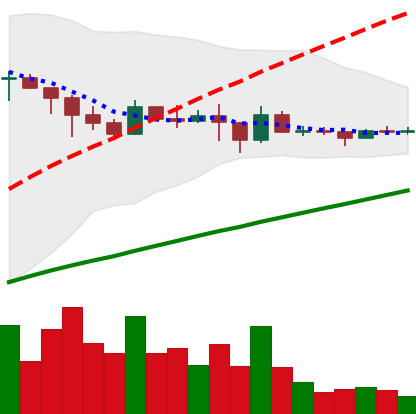
Ticker: DOGE-USD
Chart end date: 2021-03-03
Forward return: 22.448%
Label: up_7plus